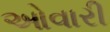
ઓવારી